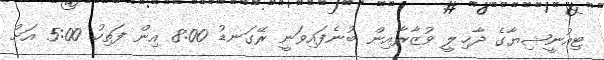
ޓިއުނީޝިޔާގެ ދާޚިލީ ވުޒާރާއިން ބުނެފައިވަނީ ރޭގަނޑު 8:00 އިން ފަތިހު 5:00 އަށް